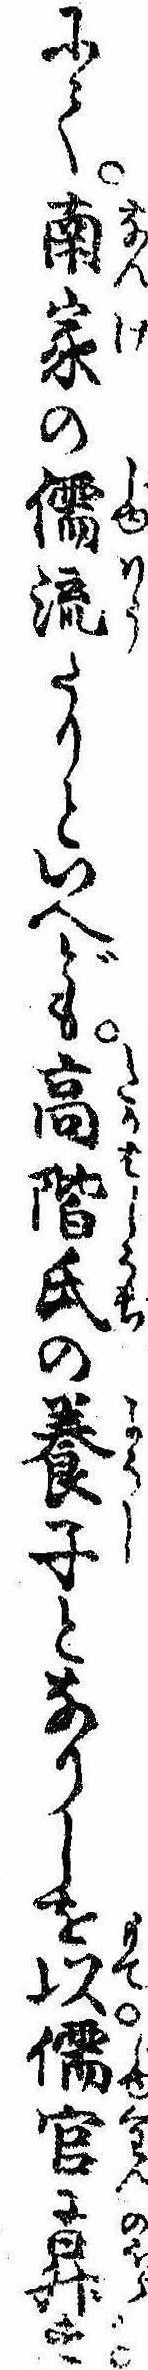
にて南家の儒流たりといへども高階氏の養子となりしを以儒官に昇ず